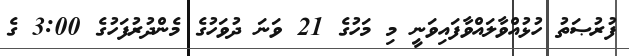
ފުރުޞަތު ހުޅުއްވާލައްވާފައިވަނީ މި މަހުގެ 21 ވަނަ ދުވަހުގެ މެންދުރުފަހުގެ 3:00 ގެ